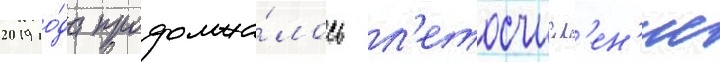
2019 го́да продолжа́лось л'етосчисл'ен'ие